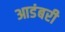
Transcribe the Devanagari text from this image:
आडंबरी